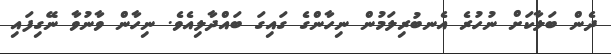
ދެން ބަލާކަށް ނުހުރެ އެނބުރިލަމުން ނިހާންގެ ގައިގަ ބައްދާލިއެވެ. ނިހާން ވާނުވާ ނޭގިފައި